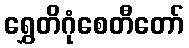
ရွှေတိဂုံစေတီတော်